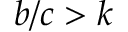
b / c > k